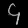
Digit: ၄